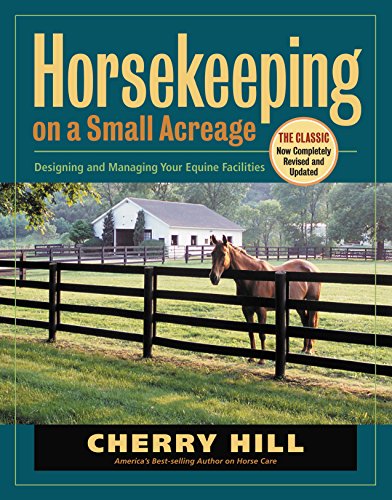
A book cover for Horsekeeping on a Small Acreage: Designing and Managing Your Equine Facilities; Cherry Hill; Crafts, Hobbies & Home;